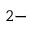
^ { 2 - }